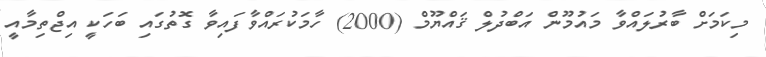
މިކަމަށް ބާރުލައްވާ މައުމޫން އަބްދުލް ޤައްޔޫމް (2000) ހާމަކުރައްވާފައިވާ ގޮތުގައި ބަހަކީ އިޖްތިމާއީ